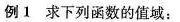
例1求下列函数的值域：